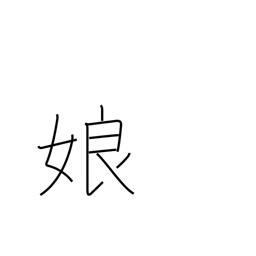
Meaning: girl